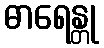
ဓာရေန္တု